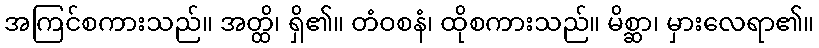
အကြင်စကားသည်။ အတ္ထိ၊ ရှိ၏။ တံဝစနံ၊ ထိုစကားသည်။ မိစ္ဆာ၊ မှားလေရာ၏။